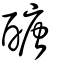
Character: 醣